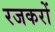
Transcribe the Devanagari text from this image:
रजकरों